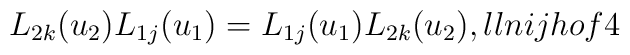
L_{2 k}(u_2)L_{1 j}(u_1)=L_{1 j}(u_1) L_{2 k}(u_2), \ \\ll{nijhof4}